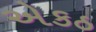
એકઠ